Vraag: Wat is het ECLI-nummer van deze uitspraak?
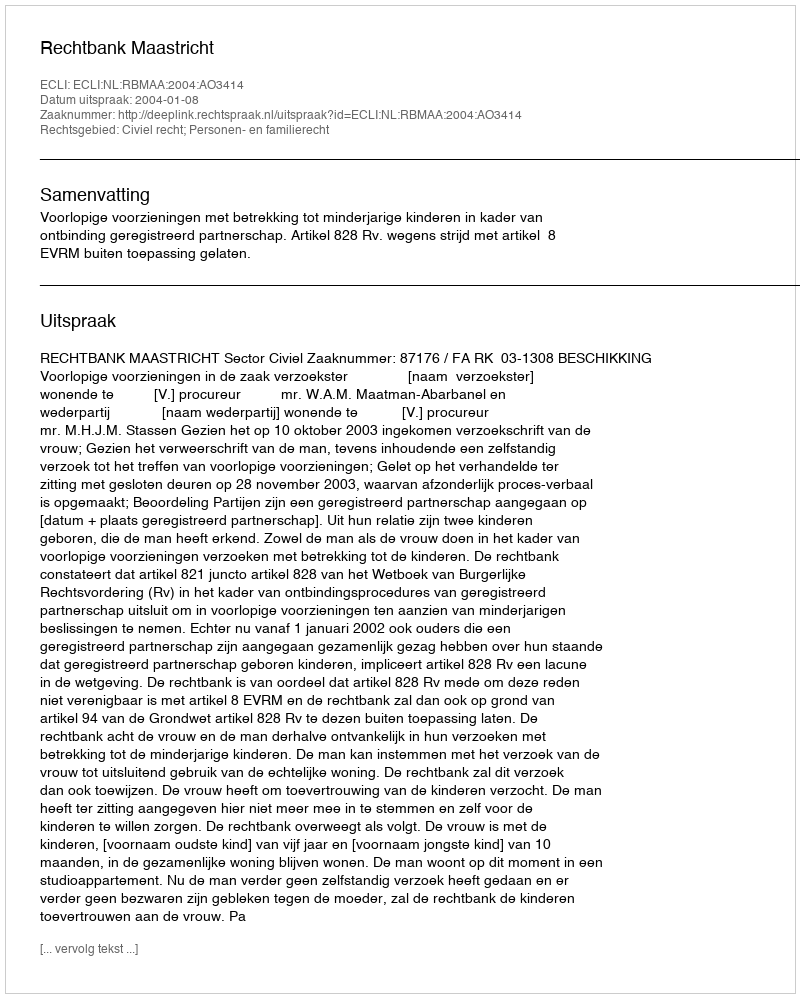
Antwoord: ECLI:NL:RBMAA:2004:AO3414